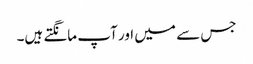
جس سے میں اور آپ مانگتے ہیں۔